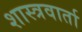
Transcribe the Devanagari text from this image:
शास्त्रवार्ता